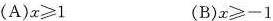
(A)$$x\geqslant 1$$ (B)$$x\geqslant -1$$